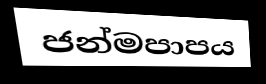
ජන්මපාපය